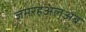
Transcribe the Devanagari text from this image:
जमरहअलअब